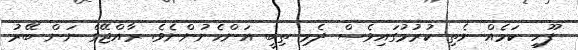
ފޫހި ކަމެއް ނެތި ކުރުމުގައިވެސް ދެމި ތިބީ އަންހެނުންނެވެ. ރާއްޖޭގެ ނަން ބޭރު